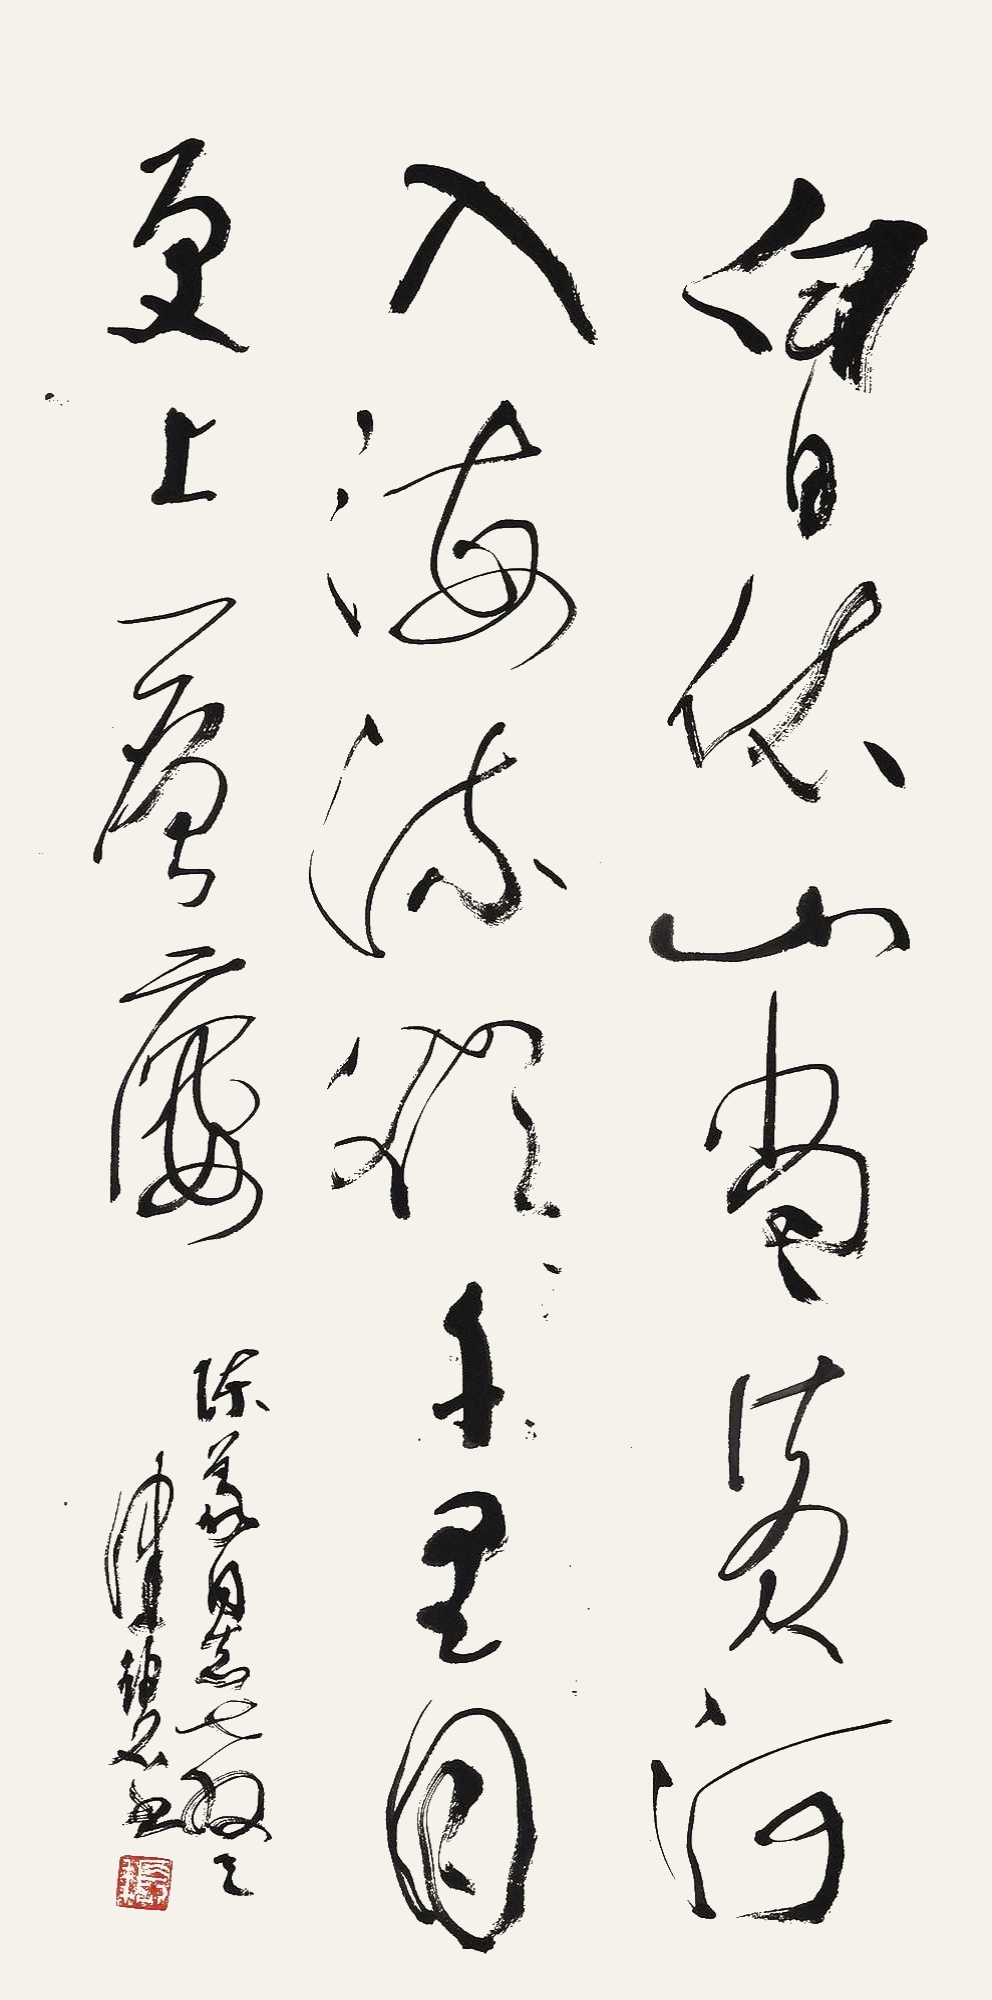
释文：白日依山尽，黄河入海流。欲穷千里目，更上一层楼。陈义同志教正。健碧书。